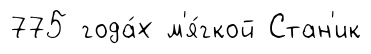
775 года́х м'я́гкой Стан'ик